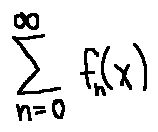
\sum \limits _ { n = 0 } ^ { \infty } f _ { n } ( x )